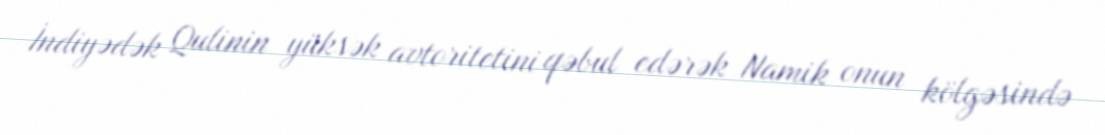
İndiyədək Qulinin yüksək avtoritetini qəbul edərək Namik onun kölgəsində